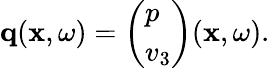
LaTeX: \begin{array}{r}{{\mathbf q}({\mathbf x},\omega)=\left(\begin{array}{l}{p}\\ {v_{3}}\end{array}\right)({\mathbf x},\omega).}\end{array}